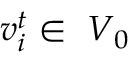
\boldsymbol { v } _ { i } ^ { t } \in \ \boldsymbol { V } _ { 0 }